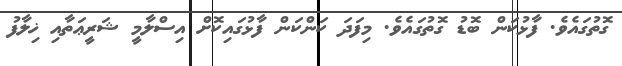
ގޮތުގައެވެ. ފާޅުކަން ބޮޑު ގޮތުގައެވެ. މިފަދަ ކަންކަން ފާޅުގައިކޮށް އިސްލާމީ ޝަރީޢަތާއި ޚިލާފު